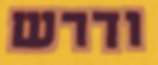
ודרש